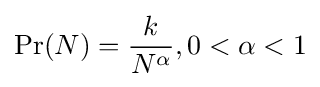
\Pr(N)={\frac {k}{N^{\alpha }}},0<\alpha <1